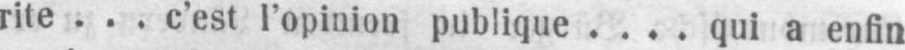
rite ... c’est l’opinion publique .... qui a enfin